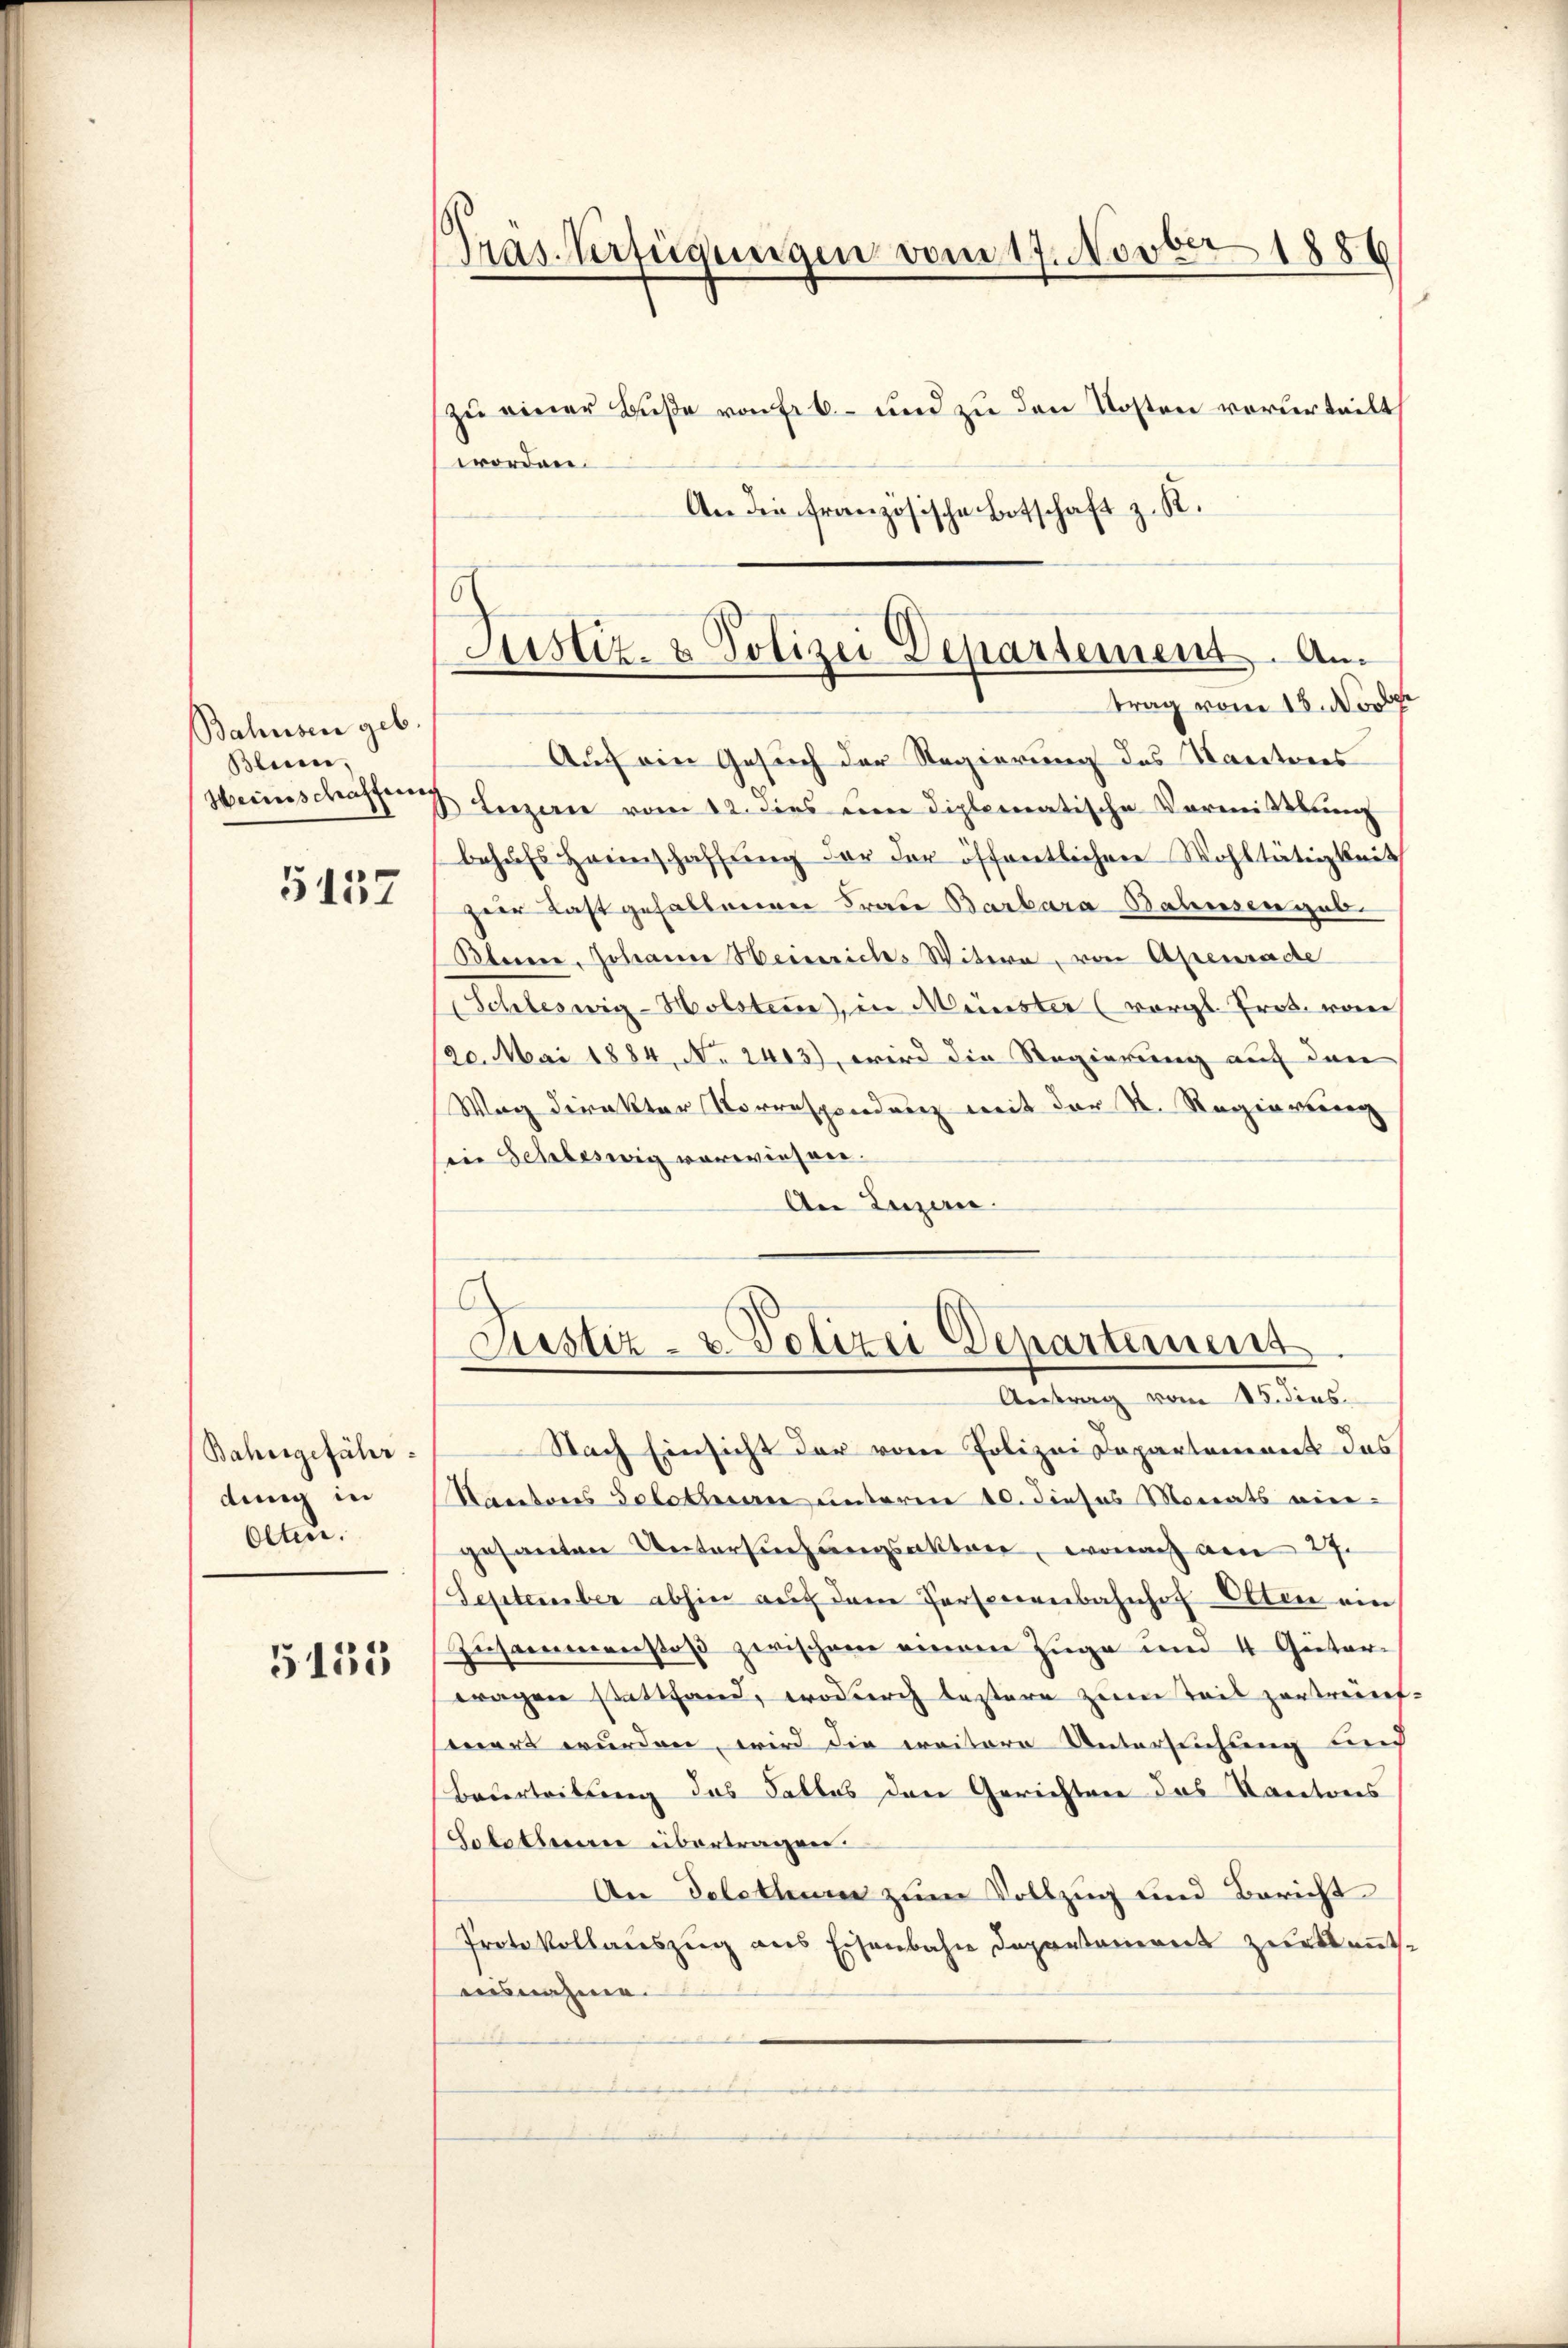
Bahusen geb.
Bleien,
Weinschaffene

5437

Bahrsgefähr
dung in
Olten.

5155

Präs. Verfügungen vom 17. Novber 1886

zu einer Buße von Erb- und zu den Kosten vorurteilt
worden.
An die französische Botschaft z. R.
Auch ein Gesuch der Regierung des Kantores
Luzern vom 12. dies um diplomatische Vormittlung
behŭfs Heimschaffung der der öffentlichen Wohltätigkeit
Herr Last gefallenen Frau Barbara Bahnsen geb.
Blerer, Johann Heinriches Witwe, von Apeurade
Schleswig-Holsten), in Münster (vergl. Prot. von
20. Mai 1884, No 2413), wird die Regierung auf den
Weg direkter Korrespondenz mit der N. Regierung
Ein Schleswig vorwiesen.
An Luzern.

Justiz- & Polizei Departement. Am
trag vom 18. Novbr.

Justiz- u. Polizei Departemes
Antrag vom 15. dies

Nach Einsicht der vom Polizei Departement das
Kantons Solotinen unterm 10. dieses Monats eingesanten Untersuchungsaktere, wonach am 27.
September abhin auf dem Personenbahnhof Otten ein
Zusammenstoß zwischen einem Zuge um 4 Güter-
wagen stattfand, wodurch bestere zum Teil zertref-
eert wurden, wird die weitere Untersuchung und
Bauerteilung das Falles den Gerichten das Kantons
Solothur übertragen.
An Delctum zum Vollzug und Bericht
Protokollauszug aus Eisenbahn deponsament zur kant.
ausnahme.